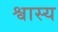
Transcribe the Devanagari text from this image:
श्वास्य